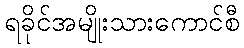
ရခိုင်အမျိုးသားကောင်စီ